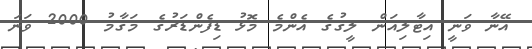
އޭނާ ވަނީ އިޓާލިއަން ލީގުގެ އެންމެ މޮޅު ޑިފެންޑަރުގެ މަގާމު 2000 ވަނަ